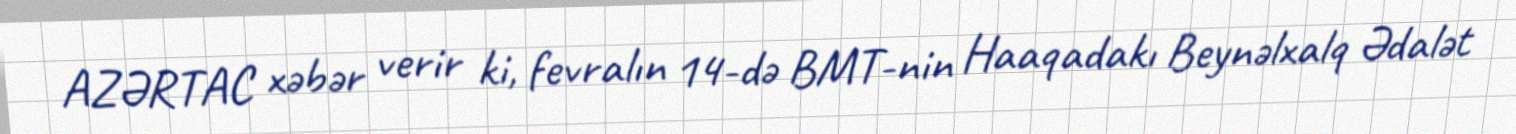
AZƏRTAC xəbər verir ki, fevralın 14-də BMT-nin Haaqadakı Beynəlxalq Ədalət